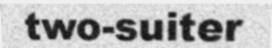
two-suiter